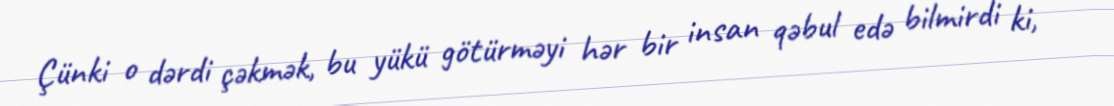
Çünki o dərdi çəkmək, bu yükü götürməyi hər bir insan qəbul edə bilmirdi ki,